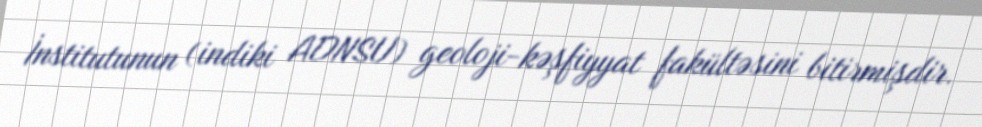
İnstitutunun (indiki ADNSU) geoloji-kəşfiyyat fakültəsini bitirmişdir.